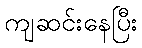
ကျဆင်းနေပြီး